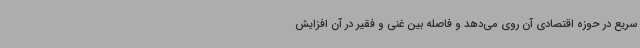
سریع در حوزه اقتصادی آن روی می‌دهد و فاصله بین غنی و فقیر در آن افزایش